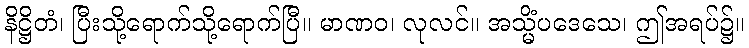
နိဋ္ဌိတံ၊ ပြီးသို့ရောက်သို့ရောက်ပြီ။ မာဏဝ၊ လုလင်။ အသ္မိံပဒေသေ၊ ဤအရပ်၌။